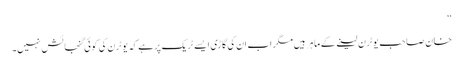
‘‘
خان صاحب یوٹرن لینے کے ماہر ہیں مگر اب ان کی گاڑی ایسے ٹریک پر ہے کہ یوٹرن کی کوئی گنجائش نہیں۔